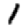
Digit: 1